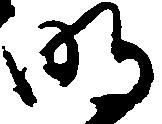
明